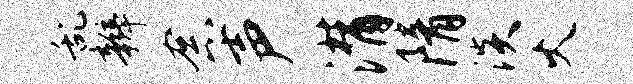
乱辫念声潸隋淡火